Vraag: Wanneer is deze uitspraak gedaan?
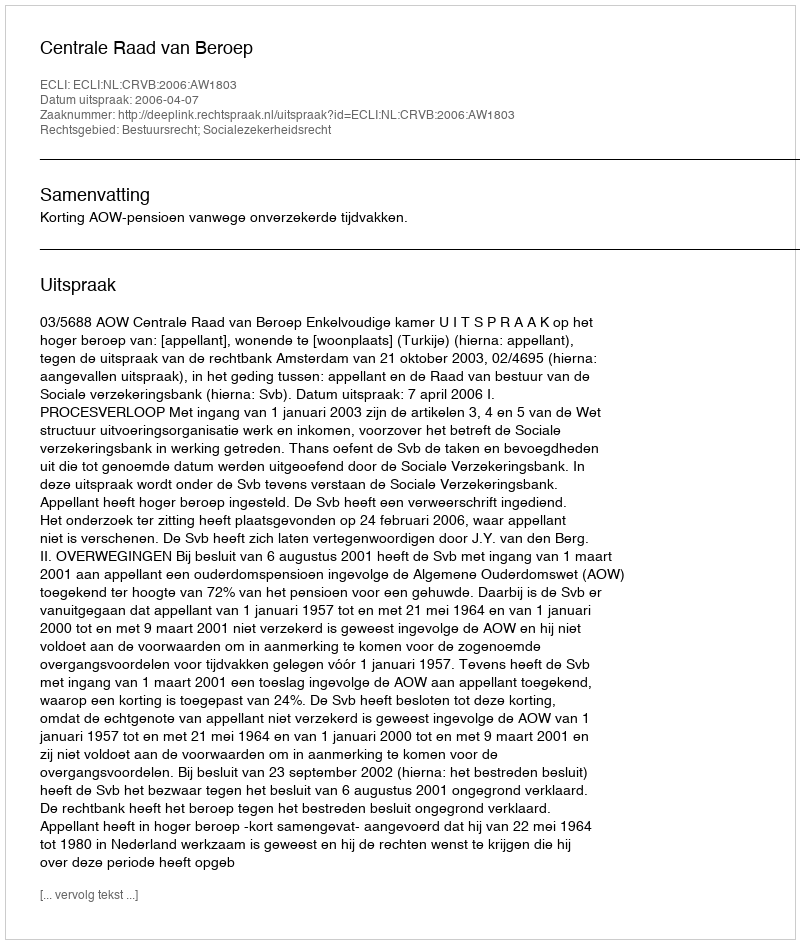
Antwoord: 2006-04-07